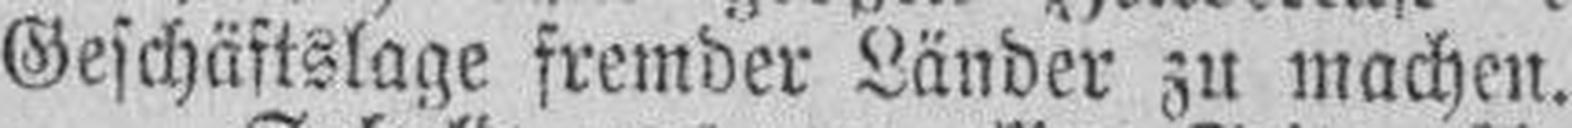
Geschäftslage fremder Länder zu machen.